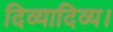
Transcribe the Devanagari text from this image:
दिव्यादिव्य।